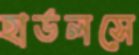
হার্ডলসে